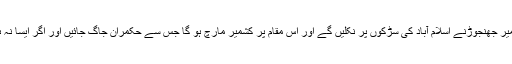
22 دسمبر کو لاکھوں لوگ حکمرانوں کے ضمیر جھنجوڑنے اسلام آباد کی سڑکوں پر نکلیں گے اور اس مقام پر کشمیر مارچ ہو گا جس سے حکمران جاگ جائیں اور اگر ایسا نہ ہوا تو ہم آئندہ کا لائحہ عمل کا اعلان کریں گے۔